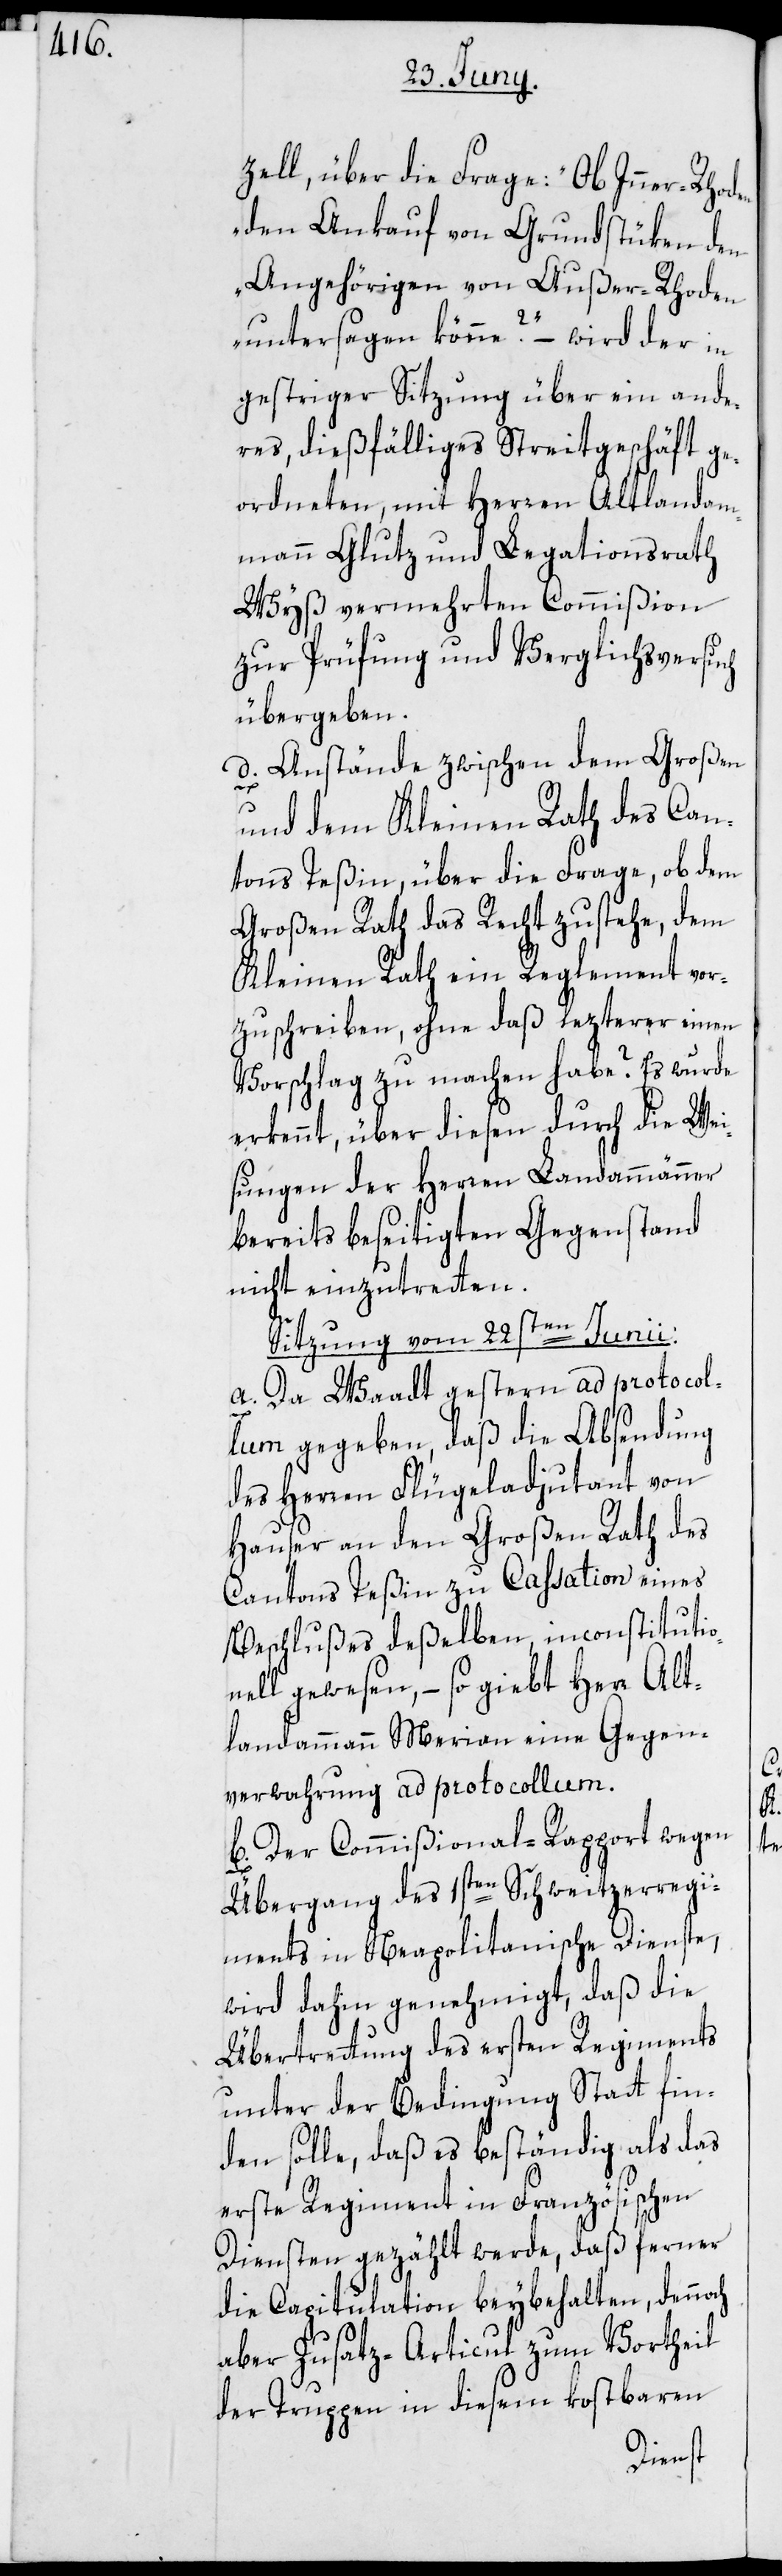
zell, über die Frage: „Ob Inner-Rhoden
den Ankauf von Grundstüken den
Angehörigen von Außer-Rhoden
untersagen könne?“ – wird der in
gestriger Sitzung über ein ande¬
res, dießfälliges Streitgeschäft ge¬
ordneten, mit Herren Altlandam¬
mann Glutz und Legationsrath
Wyß vermehrten Commißion
zur Prüfung und Verglichsversuch
übergeben.
d. Anstände zwischen dem Großen
und dem Kleinen Rath des Can¬
tons Teßin, über die Frage, ob dem
Großen Rath das Recht zustehe, dem
Kleinen Rath ein Reglement vor¬
zuschreiben, ohne daß lezterer einen
Vorschlag zu machen habe? Es wurde
erkennt, über diesen durch die Wei¬
sungen der Herren Landammänner
bereits beseitigten Gegenstand
nicht einzutretten.
Sitzung vom 22sten Junii.
a. Da Waadt gestern ad protocol¬
lum gegeben, daß die Absendung
des Herren Flügeladjudant von
Hauser an den Großen Rath des
Cantons Teßin zu Cassation eines
Beschlußes deßelben, inconstitutio¬
nell gewesen, – so giebt Herr Alt¬
landammann Merian eine Gegen¬
verwahrung ad protocollum.
b. Der Commißional-Rapport wegen
Übergang des 1sten Schweitzerregi¬
ments in Neapolitanische Dienste,
wird dahin genehmigt, daß die
Übertrettung des ersten Regiments
unter der Bedingung Statt fin¬
den solle, daß es beständig als das
erste Regiment in Französischen
Diensten gezählt werde, daß ferner
die Capitulation beybehalten, dennoch
aber Zusatz-Articul zum Vortheil
der Truppen in diesem kostbaren